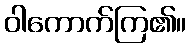
ဝါကောက်ကြ၏။